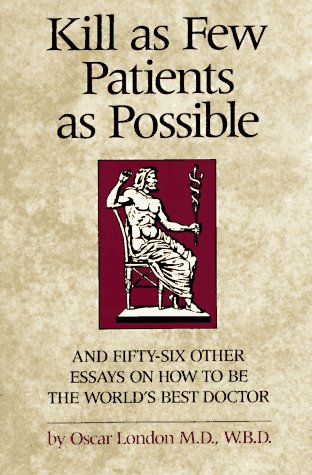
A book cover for Kill as Few Patients as Possible: And 56 Other Essays on How to Be the World's Best Doctor; Oscar London; Humor & Entertainment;